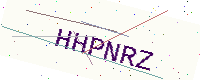
Text: HHPNRZ